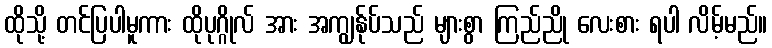
ထိုသို့ တင်ပြပါမူကား ထိုပုဂ္ဂိုလ် အား အကျွန်ုပ်သည် များစွာ ကြည်ညို လေးစား ရပါ လိမ့်မည်။